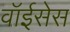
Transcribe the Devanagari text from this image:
वॉईसेस